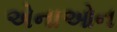
એનાઓન